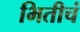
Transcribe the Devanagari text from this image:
भितीचं